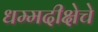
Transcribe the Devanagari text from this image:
धम्मदीक्षेचे